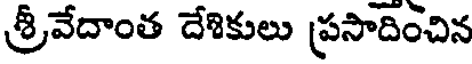
శ్రీవేదాంత దేశికులు ప్రసాదించిన